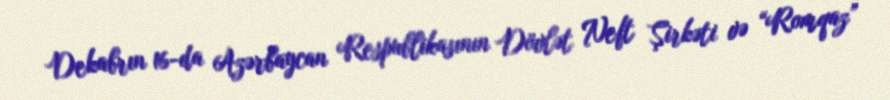
Dekabrın 16-da Azərbaycan Respublikasının Dövlət Neft Şirkəti və “Romqaz”